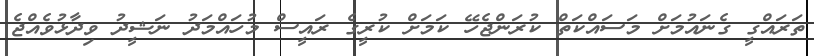
ތަރައްގީ ގެނައުމަށް މަސައްކަތް ކުރަންޖެހޭ ކަމަށް ކުރީގެ ރައީސް މުހައްމަދު ނަޝީދު ވިދާޅުވެއްޖެ